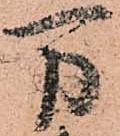
万